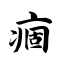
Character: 痼